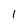
Character: 1